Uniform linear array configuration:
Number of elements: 32
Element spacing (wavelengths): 0.25
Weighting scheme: hann
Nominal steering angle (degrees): -60
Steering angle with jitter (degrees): -59.296
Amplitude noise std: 0.05
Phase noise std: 0.05

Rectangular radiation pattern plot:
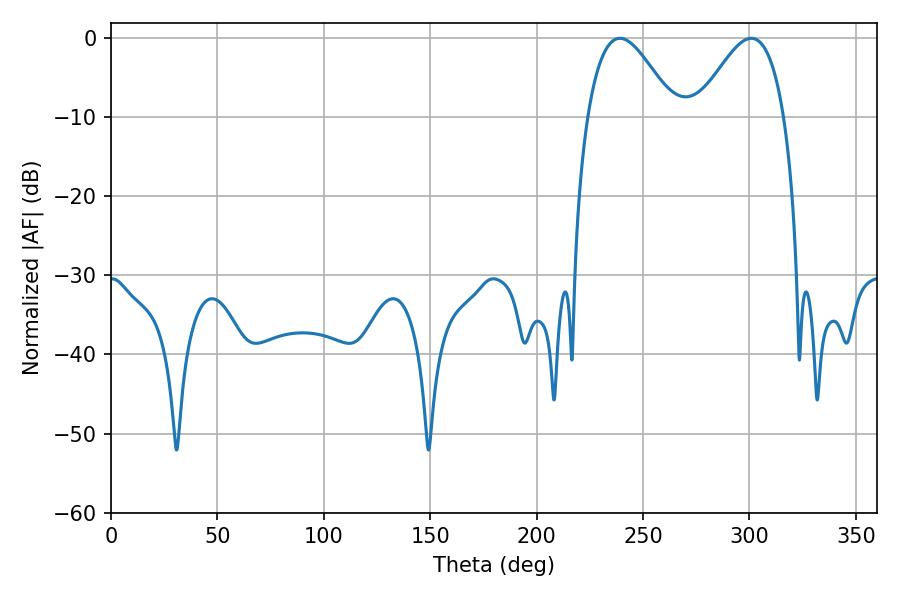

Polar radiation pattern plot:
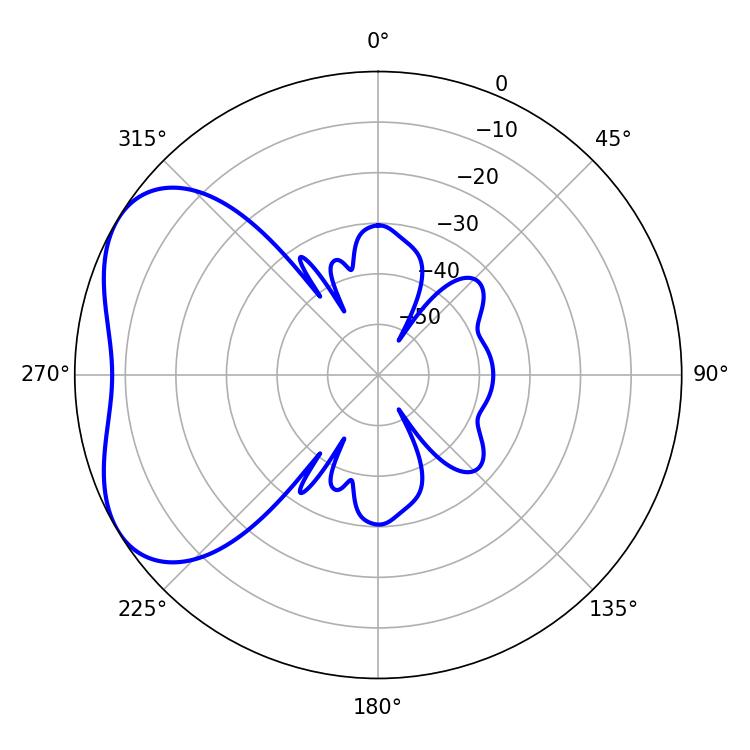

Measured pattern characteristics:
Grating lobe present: FALSE
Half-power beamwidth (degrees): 21.96
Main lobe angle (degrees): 239.22